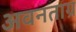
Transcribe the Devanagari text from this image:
अवनताग्र